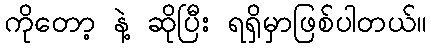
ကိုတော့ နဲ့ ဆိုပြီး ရရှိမှာဖြစ်ပါတယ်။